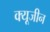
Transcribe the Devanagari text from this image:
क्यूजीन